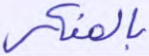
بالمنكر